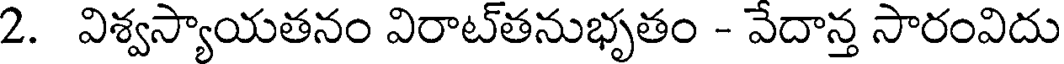
2. విశ్వస్యాయతనం విరాట్తనుభృతం - వేదాన్త సారంవిదు